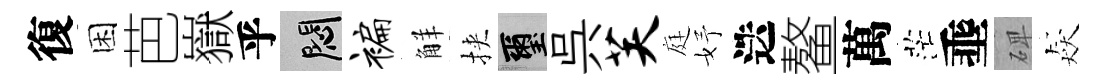
復困芭嶽乎悶褊觧挾璽呉芙庭妤迭鳌萬茫埀𥓓猋